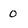
Character: O